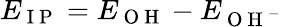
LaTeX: E_{\mathrm{~I~P~}}=E_{\mathrm{~O~H~}}-E_{\mathrm{~O~H~}^{-}}